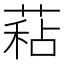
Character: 𦷙